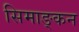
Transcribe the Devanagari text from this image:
सिमाङ्कन